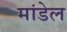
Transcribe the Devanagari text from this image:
मांडेल